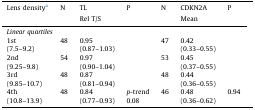
<table><thead><tr><td><b>Lens densitya</b></td><td rowspan="2"><b>N</b></td><td><b>TL</b></td><td rowspan="2"><b>P</b></td><td rowspan="2"><b>N</b></td><td><b>CDKN2A</b></td><td rowspan="2"><b>P</b></td></tr><tr><td></td><td><b>Rel T/S</b></td><td><b>Mean</b></td></tr></thead><tbody><tr><td colspan="7"><i>Linear quartiles</i></td></tr><tr><td>1st</td><td>48</td><td>0.95</td><td></td><td>47</td><td>0.42</td><td></td></tr><tr><td>(7.5–9.2)</td><td></td><td>(0.87–1.03)</td><td></td><td></td><td>(0.33–0.55)</td><td></td></tr><tr><td>2nd</td><td>54</td><td>0.97</td><td></td><td>53</td><td>0.45</td><td></td></tr><tr><td>(9.25–9.8)</td><td></td><td>(0.90–1.04)</td><td></td><td></td><td>(0.37–0.55)</td><td></td></tr><tr><td>3rd</td><td>48</td><td>0.87</td><td></td><td>48</td><td>0.44</td><td></td></tr><tr><td>(9.85–10.7)</td><td></td><td>(0.81–0.94)</td><td></td><td></td><td>(0.36–0.55)</td><td></td></tr><tr><td>4th</td><td>48</td><td>0.84</td><td><i>p</i>-trend</td><td>46</td><td>0.48</td><td>0.94</td></tr><tr><td>(10.8–13.9)</td><td></td><td>(0.77–0.93)</td><td>0.08</td><td></td><td>(0.36–0.62)</td><td></td></tr></tbody></table>